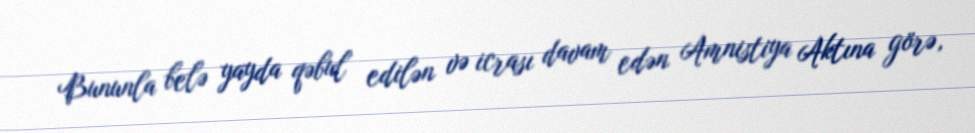
Bununla belə yayda qəbul edilən və icrası davam edən Amnistiya Aktına görə,